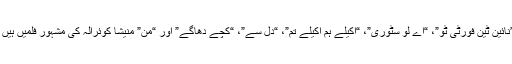
”نائین ٹین فورٹی ٹو”، “اے لو سٹوری”، “اکیلے ہم اکیلے تم”، “دل سے”، “کچے دھاگے” اور “من” منیشا کوئرالہ کی مشہور فلمیں ہیں ۔